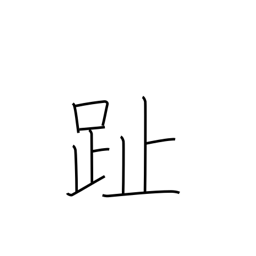
Meaning: footprint